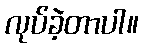
လုပ်ခဲ့တာပါ။